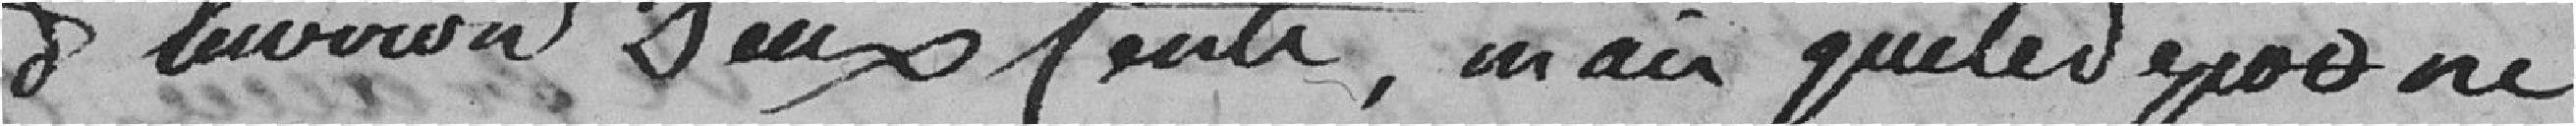
d'environ deux cents, mais que le dépôt ne